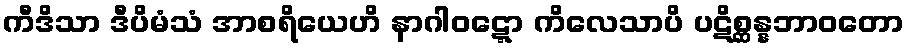
ကီဒိသာ ဒီပိမံသံ အာစရိယေဟိ နာဂါဝဋ္ဋော ကိလေသာပိ ပဋိစ္ဆန္နဘာဝတော